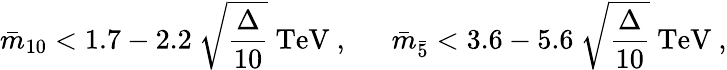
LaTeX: {\bar{m}}_{10}<1.7-2.2~\sqrt{\frac{\Delta}{10}}~\mathrm{TeV}~,~~~~~~{\bar{m}}_{\bar{5}}<3.6-5.6~\sqrt{\frac{\Delta}{10}}~\mathrm{TeV}~,